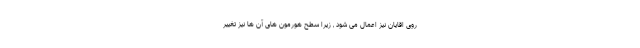
روی اقایان نیز اعمال می شود , زیرا سطح هورمون های آن ها نیز تغییر